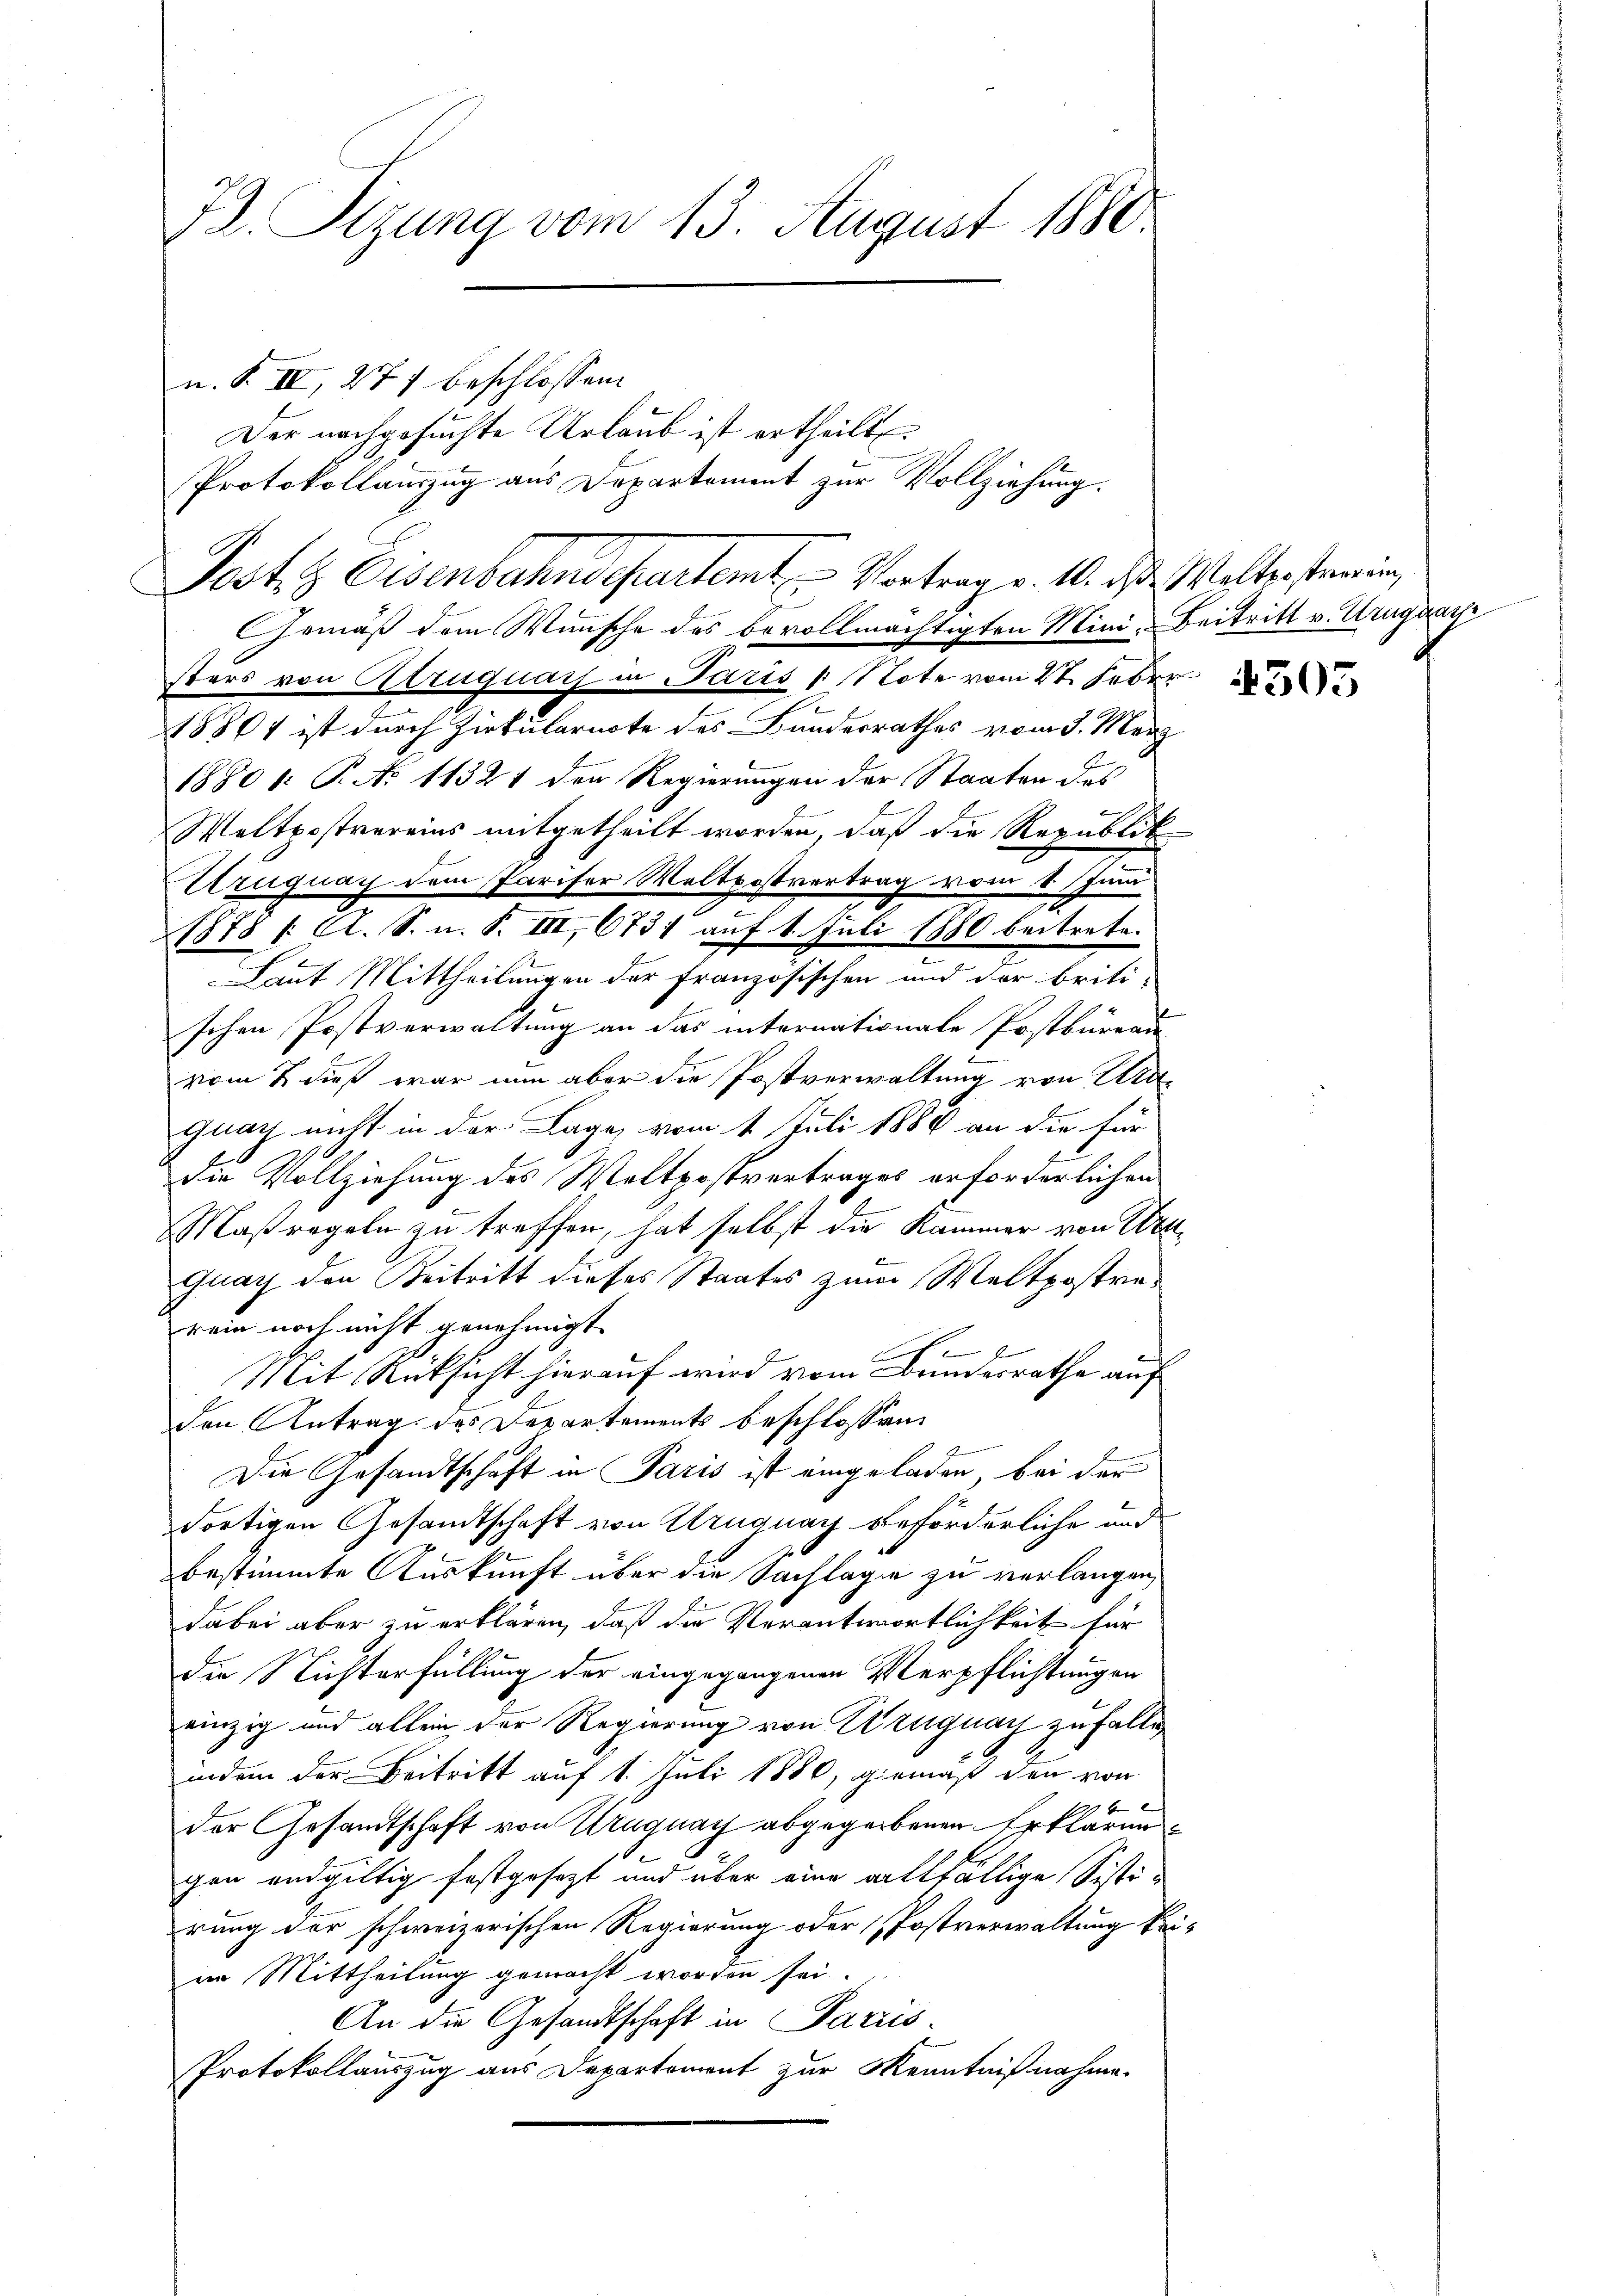
72. Sizung vom 13. August 1880.

n. F. II, 277 beschlossen:
Der nachgesuchte Urlaub ist ertheilt.
Protokollauszug aus Departement zur Vollziehung.
Post- & Eisenbahndepartemt Vortrag v. 10. das Waltersterein,
Gemäß dem Wunsche des bevollmächtigten Mini- Beitritt v. Uruguar
sters von Extruquais in Paris 1 Note vom 27. Feber
18867 ist durch Zirkularnote des Bunderrathes vom 5. März
1880 1: P. No 11321 den Regierungen der Staaten des
E
Waltrostvereins mitgetheilt worden, daß die Republik
Alruguay dem Pariser Waltpostvertrag vom 1. Juni
1878 f. A. S. u. S. III, 6731 auf 1. Juli 1880 beitrete.
Laut Mittheilungen der Französischen und der briti-
schen Postverwaltung an das internationale Postbureau
vom 2 dieß war nun aber die Postverwaltung von Urquar nicht in der Lage vom 1. Juli 1880 an die für
Die Vollziehung des Weltpostvertrages erforderlichen
Maßregeln zu treffen, hat selbst die Kammer von Wa¬
Guay den Beitritt dieses Staates zumer Weltpostrerein noch nicht genehmigt.
e
Mit Rücksicht hierauf wird vom Bundesrathe auf
den Antrag des Departements beschlossen
Die Gesandtschaft in Paris ist eingeladen, bei der
dortigen Gesandtschaft von Uruguay beförderliche und
bestimmte Auskunft über die Sachlage zu verlangen,
dabei aber zu erklären, daß die Verantwortlichkeit für
die Nichterfüllung der eingegangenen Verpflichtungen
einzig und allein der Regierung von Uruguay zufälle
indem der Beitritt auf 1. Juli 1880, gemäß den von
der Gesandtschaft von Uruguay abgegebenen Erkläruncen endgültig festgesezt und über eine allfällige Sisti-
rung der schweizerischen Regierung oder Postverwaltung keiim Mittheilung gemacht worden sei.
An die Gesandtschaft in Parris-
Protokollauszug aus Departement zur Kenntnißnahme.

4505